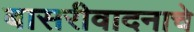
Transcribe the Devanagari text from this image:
बासरीवादनाचे